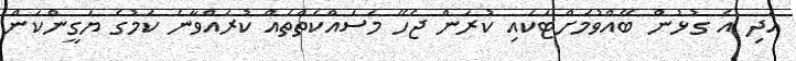
އަދި އެ ގުޅުން ބޭއްވުމަށްޓަކައި ކުރަން ޖެހޭ މަސައްކަތްތައް ކުރައްވާނެ ކަމުގެ ޔަގީންކަން